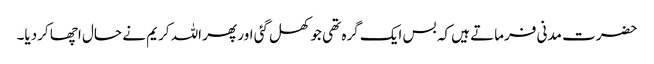
حضرت مدنی فرماتے ہیں کہ بس ایک گرہ تھی جو کھل گئی اور پھر اللہ کریم نے حال اچھا کردیا۔